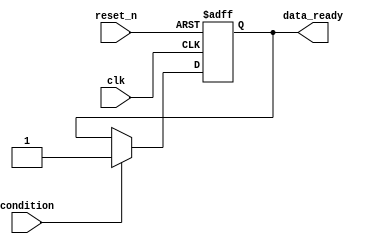
module wait_example (
    input wire clk,           // Clock signal
    input wire reset_n,      // Active low reset
    input wire condition,     // Condition to wait for
    output reg data_ready     // Output signal to indicate data is ready
);

    // Initial block to set initial values
    initial begin
        data_ready = 0;
    end

    // Always block to simulate a process that waits for a condition
    always @(posedge clk or negedge reset_n) begin
        if (!reset_n) begin
            // Reset condition
            data_ready <= 0;
        end else begin
            // Wait for the condition to become true
            if (condition) begin
                // Condition is true, proceed with execution
                data_ready <= 1;  // Indicate that data is ready
            end else begin
                // If condition is false, do nothing (wait)
                // This simulates the wait behavior
                data_ready <= data_ready; // Hold the current state
            end
        end
    end

endmodule